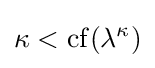
\kappa <\operatorname {cf} (\lambda ^{\kappa })